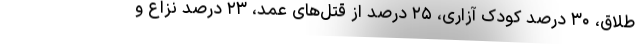
طلاق، ۳۰ درصد کودک آزاری، ۲۵ درصد از قتل‌های عمد، ۲۳ درصد نزاع و